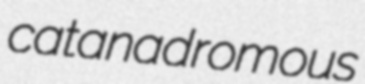
catanadromous